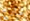
طازج